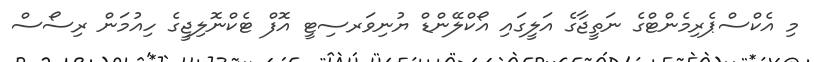
މި އެކްސްޕެރިމެންޓްގެ ނަތީޖާގެ އަލީގައި އޯކްލޭންޑް ޔުނިވަރސިޓީ އޮފް ޓެކްނޮލިޖީގެ ހިއުމަން ރިސޯސް